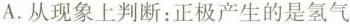
A.从现象上判断：正极产生的是氢气